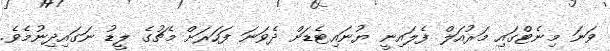
ވަނަ މިނެޓްގައި މަރުއަލް ފެލައިނީ ޔުނައިޓެޑަށް ދެވަނަ ފަހަރަށް މެޗުގެ ލީޑު ނަގައިދިނުމެވެ.